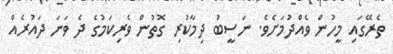
ތެރޭގައި މީހުން ވެއްދުމަށެވެ. ނަސީބު ދިމާކުރި ގޮތުން ވެރިކަމުގެ ދެ ވަނަ ދައުރެއް